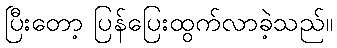
ပြီးတော့ ပြန်ပြေးထွက်လာခဲ့သည်။